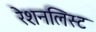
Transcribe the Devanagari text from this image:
रेशनलिस्ट